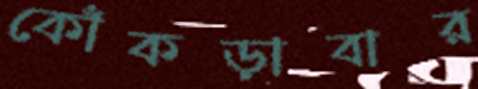
কোঁকড়াবার